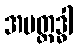
အပတ္ထဒ္ဓါ